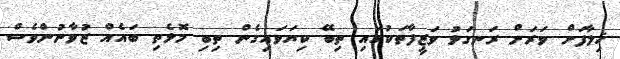
ޚިލާފަށް ވަރަށް ރަނގަޅު ވަޒީފާތަކުގައި ތިބޭ ކިޔަވައިގެން ތިބި މޮޅެތި ބައެއް ޒުވާނުންވެސް